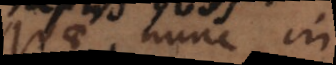
quae nunc in